Problem: 49 + 38 = ?
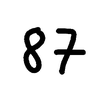
Handwritten answer: 87